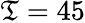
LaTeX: \mathfrak{T}=45